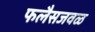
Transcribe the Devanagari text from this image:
फलैसजवळ